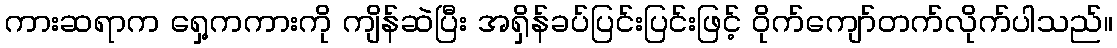
ကားဆရာက ရှေ့ကကားကို ကျိန်ဆဲပြီး အရှိန်ခပ်ပြင်းပြင်းဖြင့် ဝိုက်ကျော်တက်လိုက်ပါသည်။